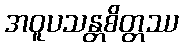
အဝူပသန္တစိတ္တဿ